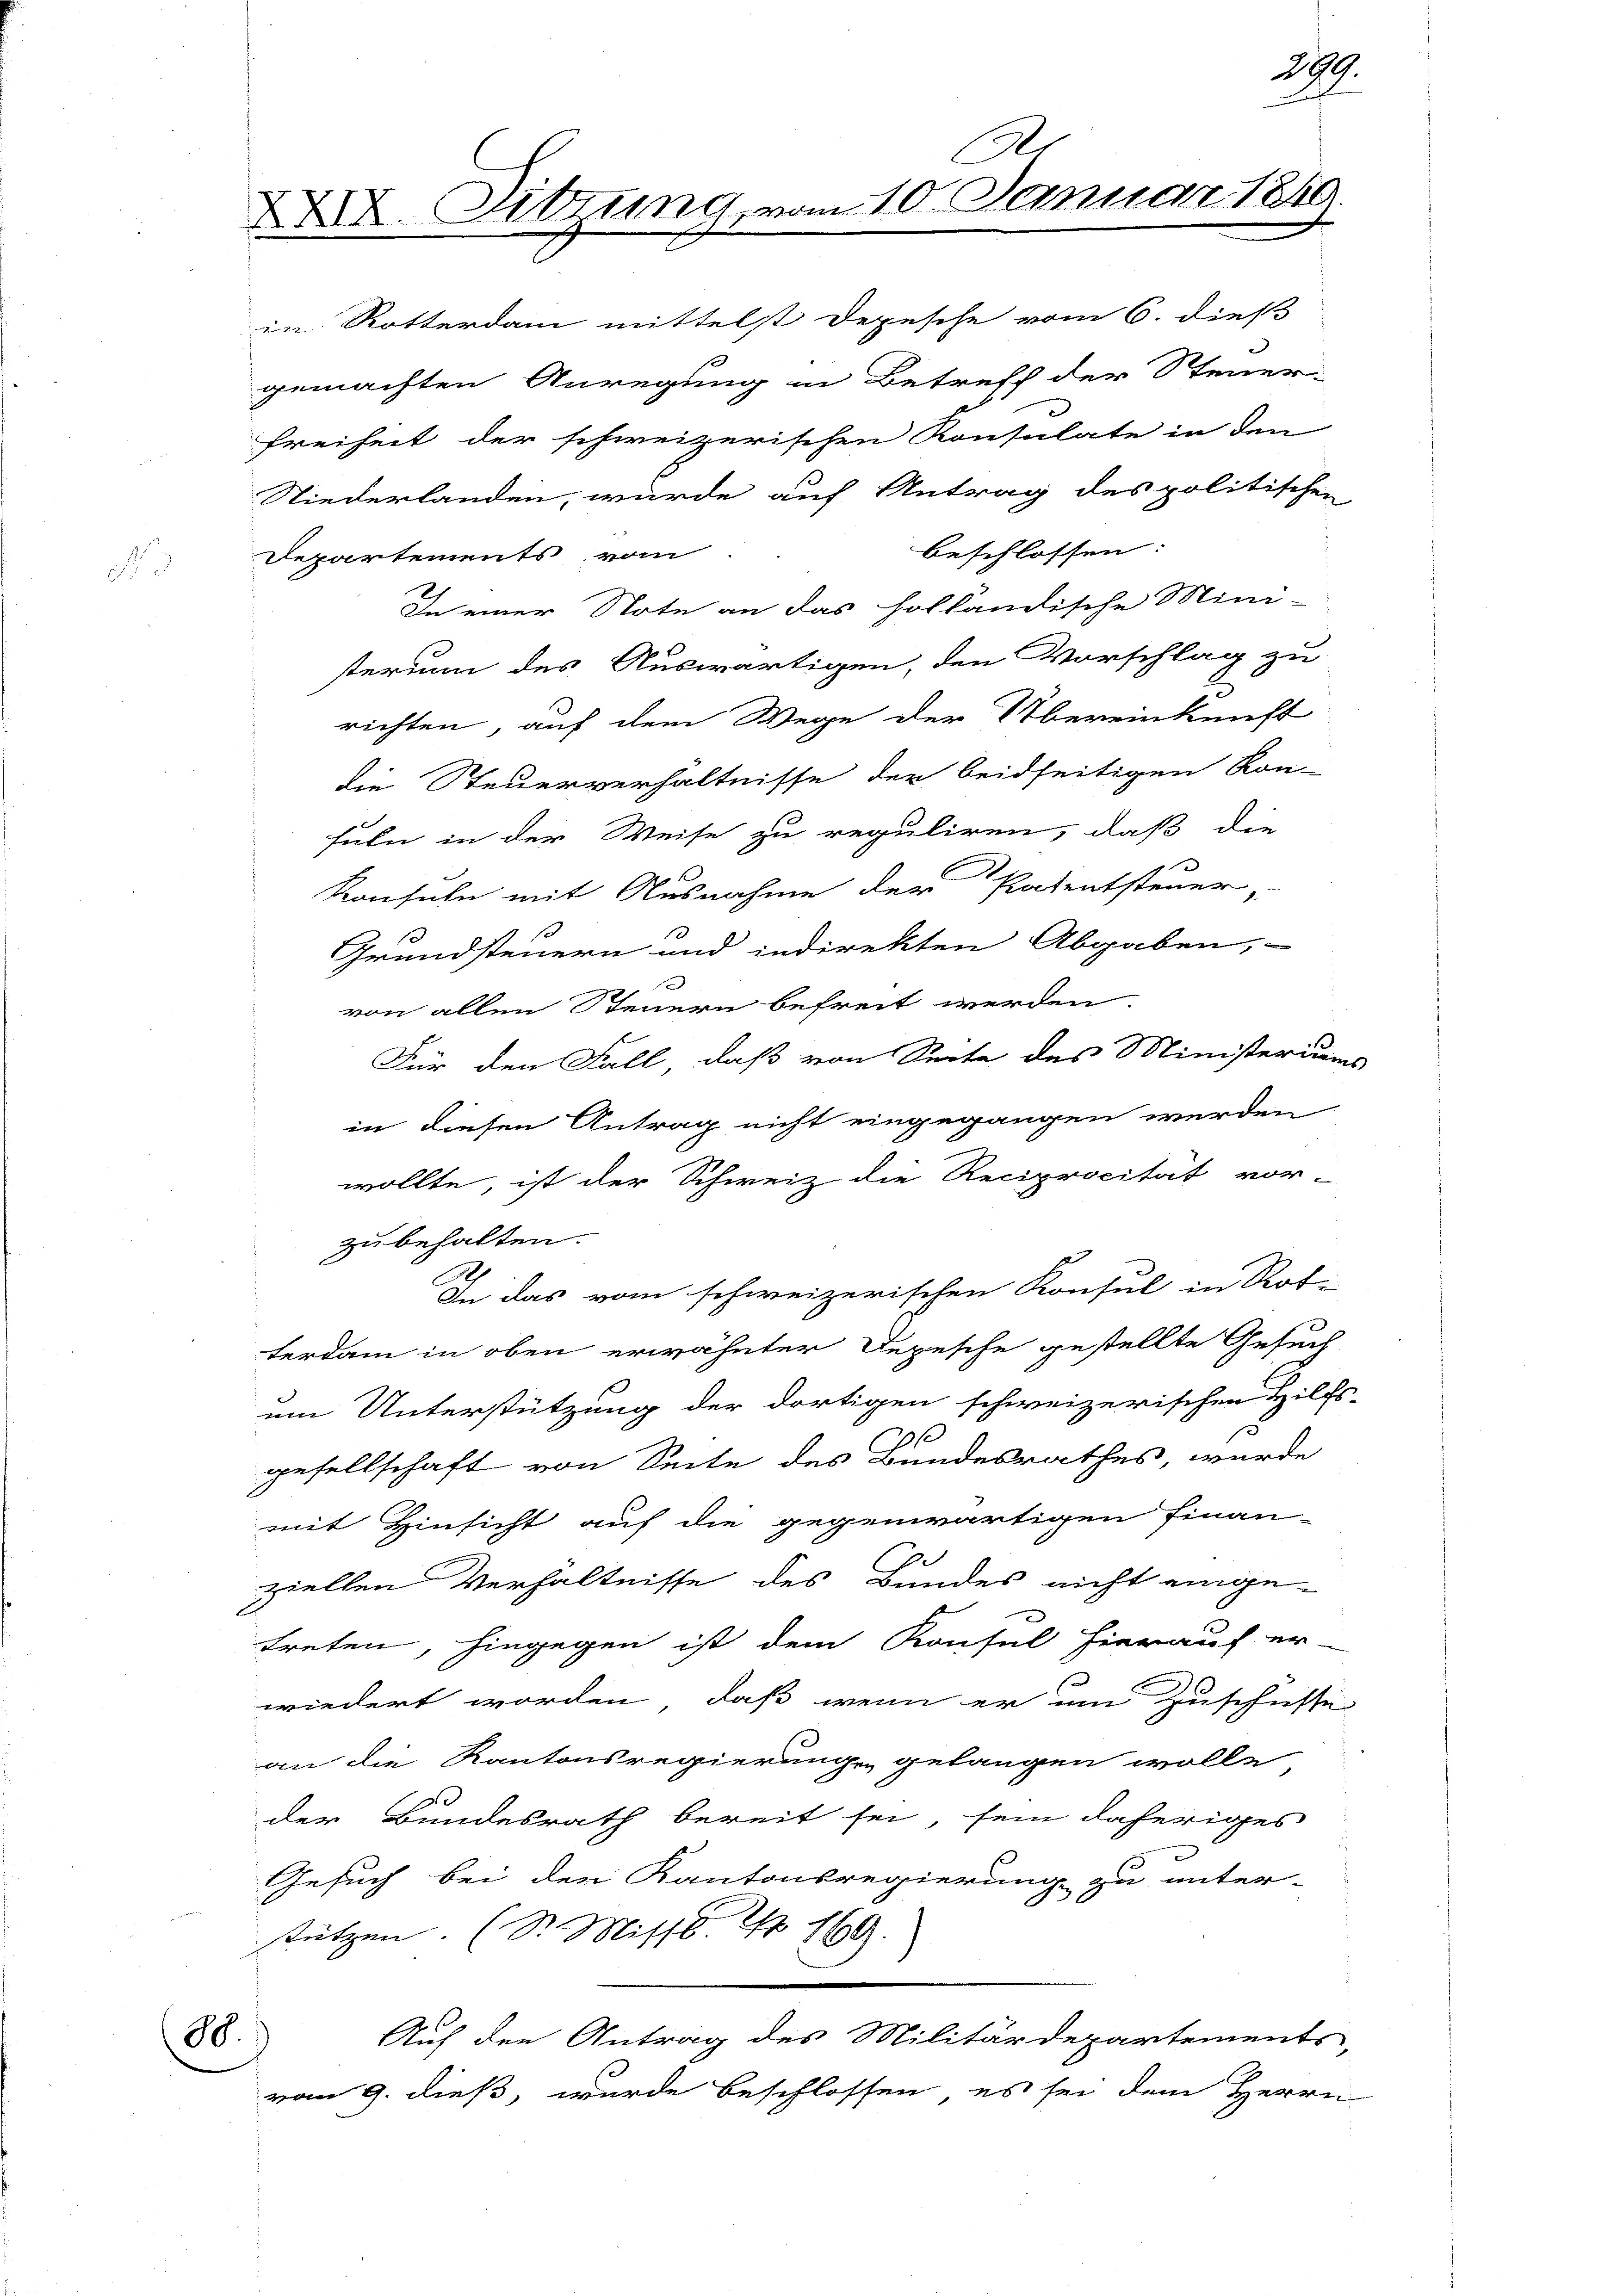
88.

Be
X. Sitzung, vom 10. Januar 18

29.

in Rotterdam mittelst Depesche vom 6. dieß
gemachten Anregung in Betreff der Steuer-
Freiheit der schweizerischen Konsulate in den
Niederlanden, wurde auf Antrag des politischen
beschlossen:
Departements vom
In einer Note an das holländische Mini-
sterium des Auswärtigen, den Vorschlag zu
richten, auf dem Wege der Übereinkunft
die Steuerverhältnisse der beidseitigen Kon-
fuln in der Weise zu reguliren, daß die
Konsulen mit Ausnahme der Patentsteuer,
Grundsteuern und indirekten Abgaben,
von allen Steuern befreit werden.
Für den Fall, daß von Seite des Ministeriums
in diesen Antrag nicht eingegangen werden
wollte, ist der Schweiz die Reciprocität vor-
zu behalten.
In das vom schweizerischen Konsul in Rot-
terdam in oben erwähnter Depesche gestellte Gesuch
um Unterstützung der dortigen schweizerischen Hilfs-
7 f
gesellschaft von Seite des Bundesrathes, wurde
mit Hinsicht auf die gegenwärtigen Finan-
ziellen Verhältnisse des Bundes nicht eingetreten, hingegen ist dem Konsul hierauf er-
wiedert worden, daß wenn er und Zuschüsse
an die Kantonsregierung gelangen wolle
3
der Bundesrath bereit sei, sein daheriges
Gesuch bei den Kantonsregierung zu unter-
tützen. (St. Missb. No 169.
Auf den Antrag des Militärdepartements,
vom 9. dieß, wurde beschlossen, es sei dem Herrn